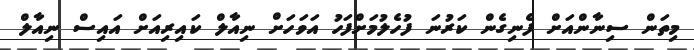
މިތަން ސިނާންއަށް ފެނިގެން ކަރުނަ ފުހެލުމަށްފަހު އަވަހަށް ނިއާލް ކައިރިއަށް އައިސް ނިއާލް